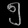
Digit: ၅